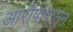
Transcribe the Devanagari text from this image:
आरोपांपासून